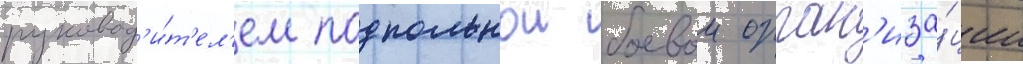
руковод'и́т'ел'ем подпольнои боевои орган'иза́ции